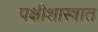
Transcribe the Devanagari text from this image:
पक्षीशास्त्रात